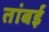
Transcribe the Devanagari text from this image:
तांबई